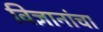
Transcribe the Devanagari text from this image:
विज्ञानांचा